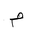
Letter: _mim